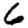
Digit: 6